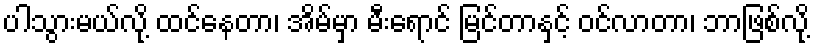
ပါသွားမယ်လို့ ထင်နေတာ၊ အိမ်မှာ မီးရောင် မြင်တာနှင့် ဝင်လာတာ၊ ဘာဖြစ်လို့